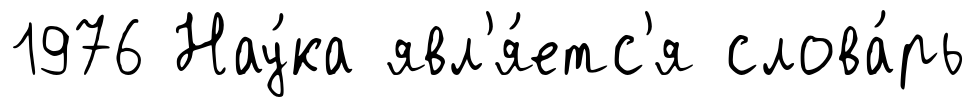
1976 Нау́ка явл'я́етс'я слова́рь